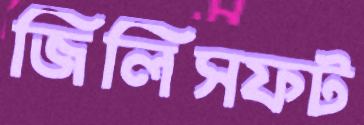
জিলিসফট